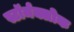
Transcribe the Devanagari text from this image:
स्टॉर्मक्लोक